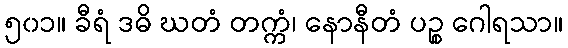
၅၀၁။ ခီရံ ဒဓိ ဃတံ တက္ကံ၊ နောနီတံ ပဉ္စ ဂေါရသာ။